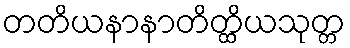
တတိယနာနာတိတ္ထိယသုတ္တ